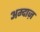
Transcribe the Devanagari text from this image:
अम्दाज़